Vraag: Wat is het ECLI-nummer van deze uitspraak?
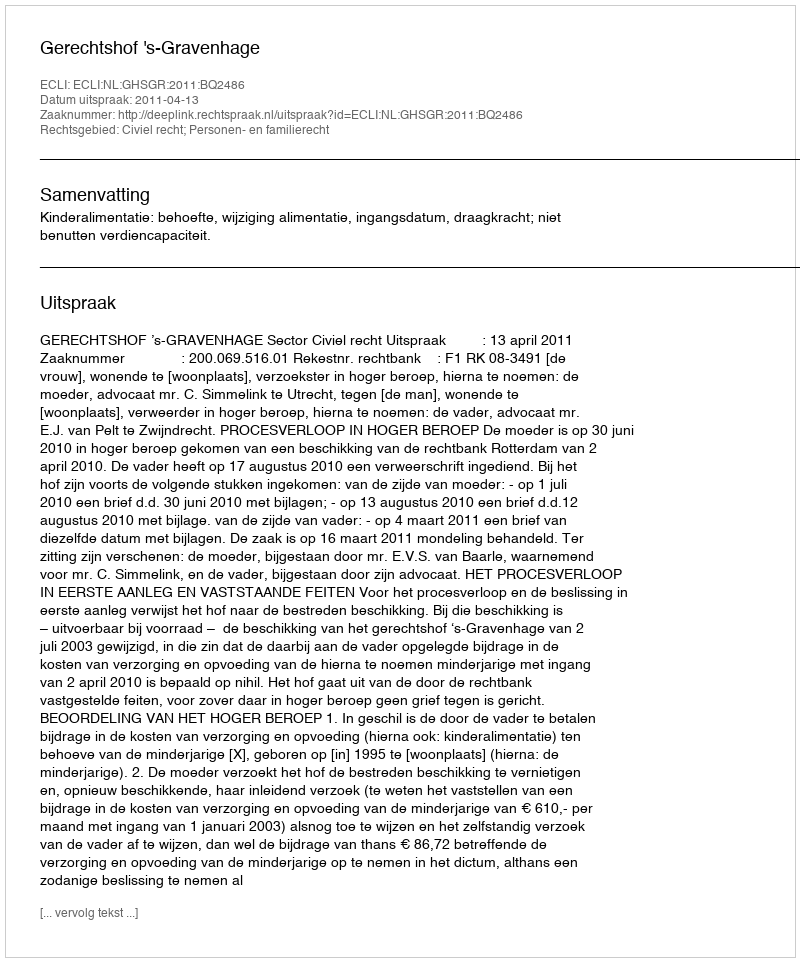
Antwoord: ECLI:NL:GHSGR:2011:BQ2486